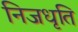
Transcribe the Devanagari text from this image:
निजधृति